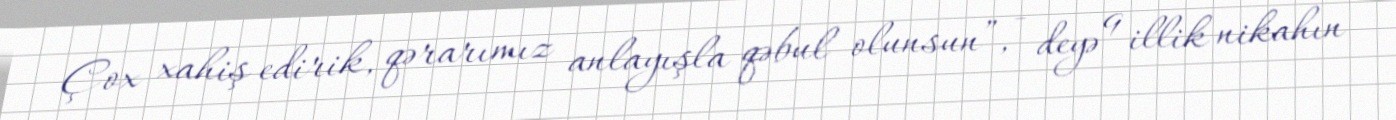
Çox xahiş edirik, qərarımız anlayışla qəbul olunsun”, - deyə 9 illik nikahın